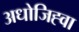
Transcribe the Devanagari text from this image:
अधोजिह्वा